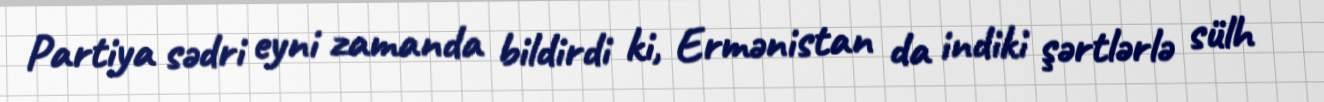
Partiya sədri eyni zamanda bildirdi ki, Ermənistan da indiki şərtlərlə sülh